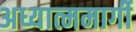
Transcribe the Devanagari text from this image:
अध्यात्ममार्गी